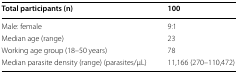
<table><thead><tr><td><b>Total participants (n)</b></td><td><b>100</b></td></tr></thead><tbody><tr><td>Male: female</td><td>9:1</td></tr><tr><td>Median age (range)</td><td>23</td></tr><tr><td>Working age group (18–50 years)</td><td>78</td></tr><tr><td>Median parasite density (range) (parasites/μL)</td><td>11,166 (270–110,472)</td></tr></tbody></table>